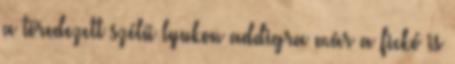
a töredezett szélű lyukon addigra már a fickó is